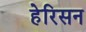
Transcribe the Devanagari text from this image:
हेरिसन